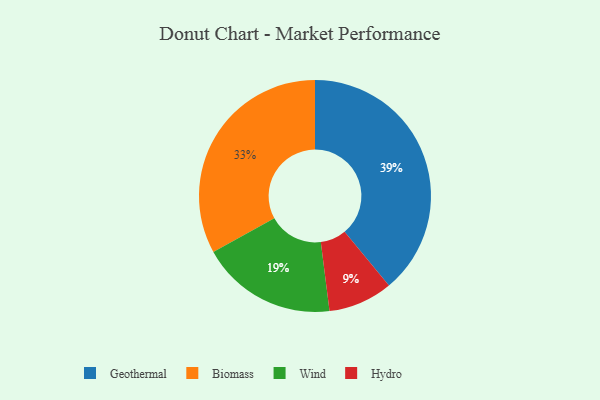
{"axis": {"x": "Category", "y": "Percentage"}, "legend": ["Biomass", "Geothermal", "Hydro", "Wind"], "data": [{"x": "Hydro", "y": 9, "type": "Hydro"}, {"x": "Biomass", "y": 33, "type": "Biomass"}, {"x": "Geothermal", "y": 39, "type": "Geothermal"}, {"x": "Wind", "y": 19, "type": "Wind"}]}